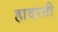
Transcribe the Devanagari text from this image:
हादरती